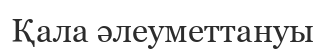
Қала әлеуметтануы